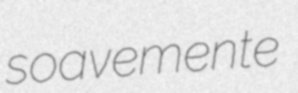
soavemente